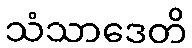
သံသာဒေတိ